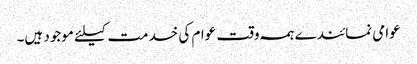
عوامی نمائندے ہمہ وقت عوام کی خدمت کیلئے موجود ہیں۔